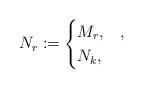
LaTeX: \begin{align*}N_r\coloneqq \begin{cases}M_r,&,\\N_k,&\end{cases}\end{align*}